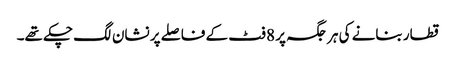
قطار بنانے کی ہر جگہ پر 8 فٹ کے فاصلے پر نشان لگ چکے تھے۔